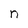
Character: n